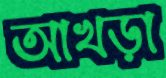
আখড়া